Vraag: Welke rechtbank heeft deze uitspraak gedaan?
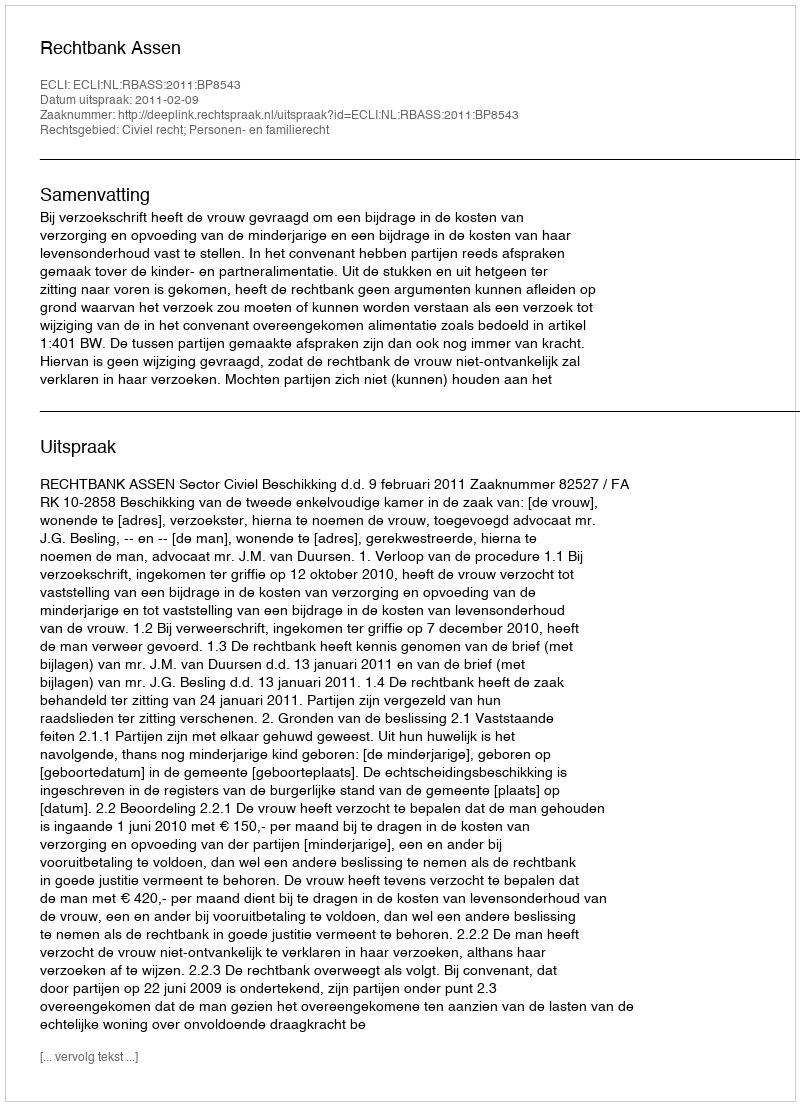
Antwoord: Rechtbank Assen